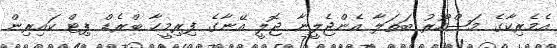
އެމެރިކާގެ މަޝްހޫރު ބަތަލާ އެންޖެލީނާ ޖޮލީ އޭނާގެ ފިރިމީހާ ބްރެޑް ޕިޓް ކައިރިން